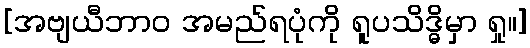
[အဗျယီဘာဝ အမည်ရပုံကို ရူပသိဒ္ဓိမှာ ရှု။]